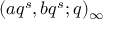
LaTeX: ( a q ^ { s } , b q ^ { s } ; q ) _ { \infty }